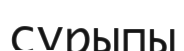
сұрыпы